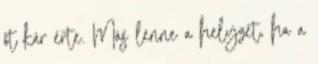
őt kár érte. Más lenne a helyzet, ha a